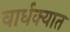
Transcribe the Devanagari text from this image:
वार्धक्यात